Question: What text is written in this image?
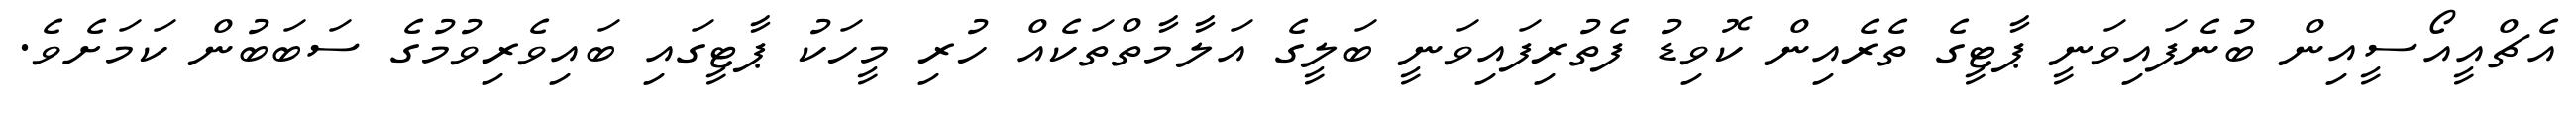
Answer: އެޗްއީއޯސީއިން ބުނެފައިވަނީ ޕާޓީގެ ތެރެއިން ކޮވިޑު ފެތުރިފައިވަނީ ބަލީގެ އަލާމާތްތަކެއް ހުރި މީހަކު ޕާޓީގައި ބައިވެރިވުމުގެ ސަބަބުން ކަމަށެވެ.